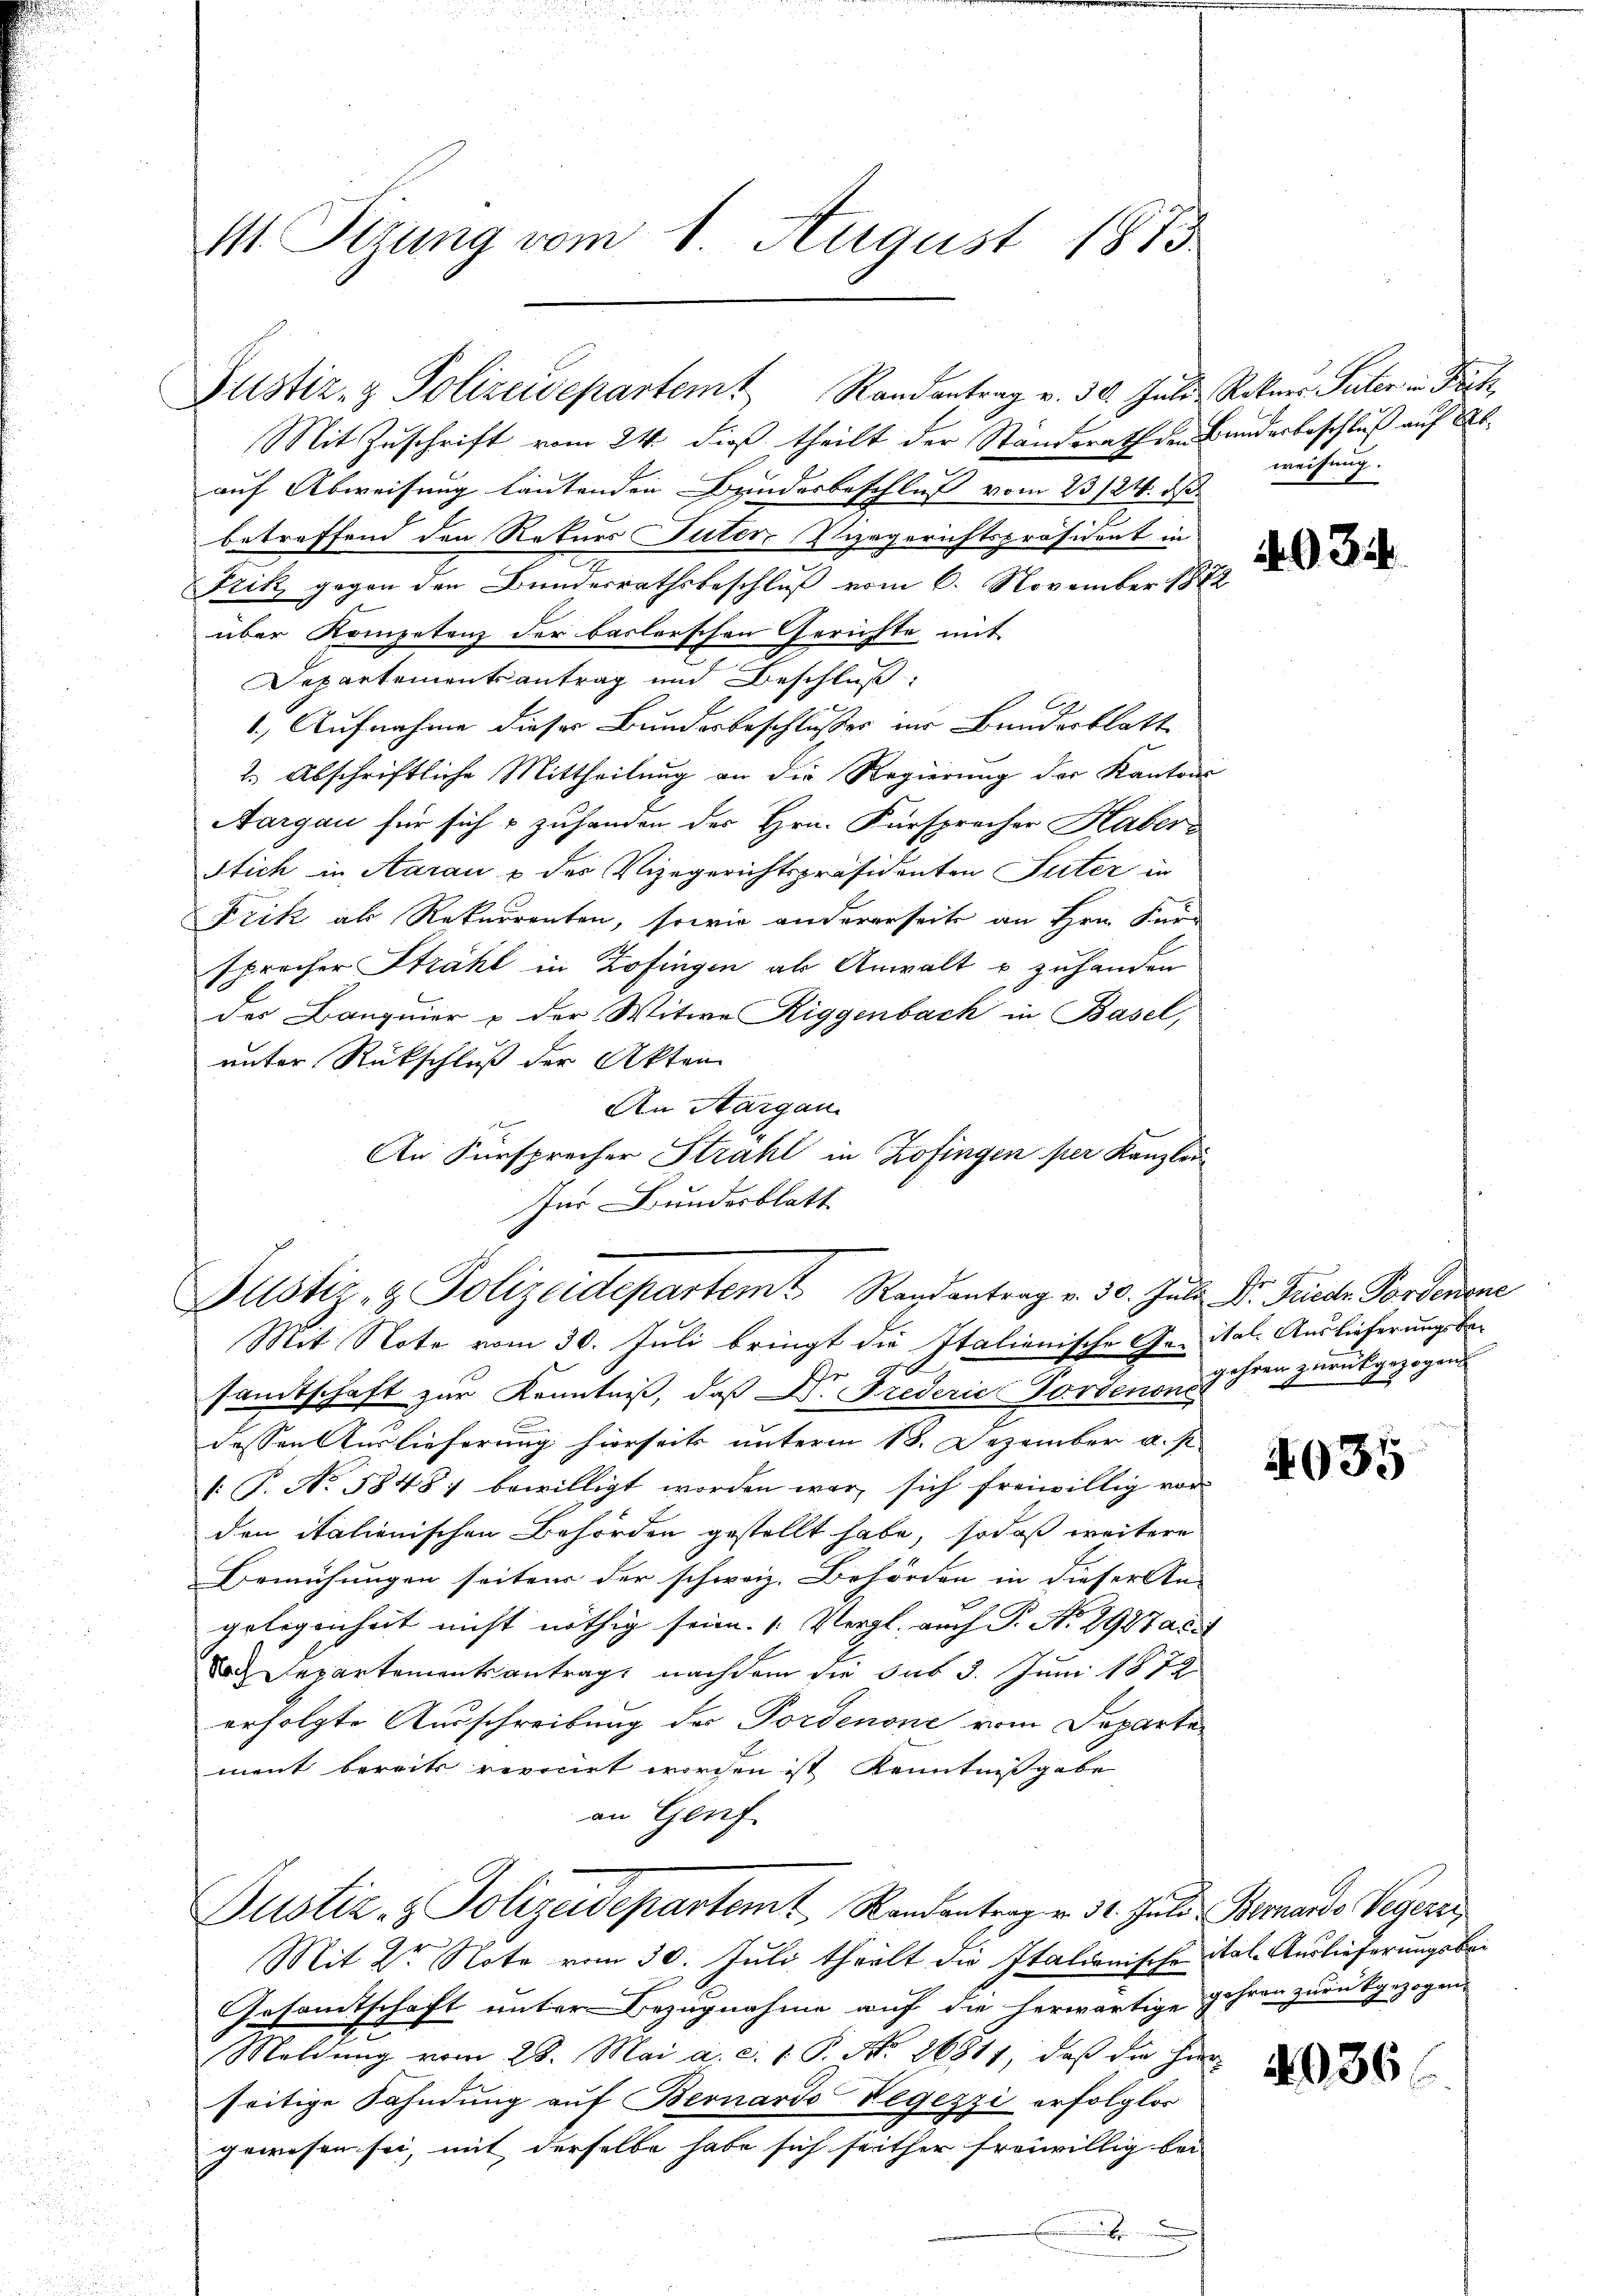
M. Sitzung vom 1. August 1873

Justiz- & Polizeidepartem Randantrag v. 30. Juli Rekurs Peter in Bretz

Mit Zuschrift vom 24. dieß theilt der Standerath den Bundesbeschluß auf Abauf Abweisung lautenden Bundesbeschluß vom 23/21. ds.
betreffend den Rekurs Suter Vizegerichtspräsident in
.
Frik gegen den Bundesrathsbeschluß vom 6. November 1872
über Kompetenz der baslerschen Gerichte mit
Departementsantrag und Beschluß:
1.) Aufnahme dieser Bundesbeschlusses im Bundesblatt
2.) Abschriftliche Mittheilung an die Regierung der Kantons
Aargau für sich & zuhanden der Hrn. Fürsprecher Haber
Stich in Aarau & des Vizegerichtspräsidenten Suter in
Frik als Rekurrenten, sowie andererseits an Hrn. Für-
sprocher Strahl in Zofingen als Anwalt u zuhanden
des Banquier u der Witwe Riggenbach in Basel,
unter Rückschluß der Akten
An Aargau
An Fürsprecher Strahl in Zofingen per Kanzlei
für Bundesblatt

Justiz- & Polizeidepartem Randantrag v. 30. Jŭli Dr. Frieder Fordenene

Mit Note vom 30. Juli bringt die Italienische Ge- ital. Auslieferungsbe-
z
samtschaft zur Kenntniß, daß Dr. Frederie Fordenen Jahren zurückgezogen
dessen Auslieferung hierseits unterm 18. Dezember u. s
1: P. No. 5848; bewilligt worden war, sich freiwillig vor
den italienischen Behörden gestellt habe, sodaß weitere
Bemühungen seiten der schweiz. Behörden in dieser An-
gelegenheit nicht nöthig seien. (Vergl. auch P. Nr. 2987 ad 1
doch Departementsantrag, nachdem die sub 3. Juni 1872
erfolgte Ausschreibung des Fordenone vom Departe
ment bereits revocirt worden ist Kenntnißgabe
an Genf
Justiz- & Polizeidepartem Randantrag v. 31. Juli Bernards Vegeri
Mit Dr Note vom 30. Juli theilt die Italienische ital. Auslieferungsbei
Gesamtschaft unter Bezugnahme auf die herwärtige Gehren zurückgezogen.
Meldung vom 28. Mai a. c. 1. P. No. 26811, daß die Her-
seitige Fahndung auf Bernardo Negezzi erfolglos
gewesen sei, mit derselbe habe sich seither freiwillig bei
.

weisung.

403.

4035

4036.